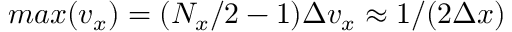
m a x ( v _ { x } ) = ( N _ { x } / 2 - 1 ) \Delta v _ { x } \approx 1 / ( 2 \Delta x )